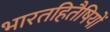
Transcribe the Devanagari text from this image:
भारतहितैषियों